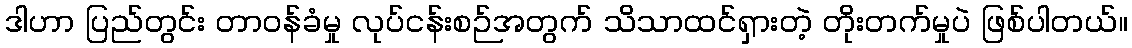
ဒါဟာ ပြည်တွင်း တာဝန်ခံမှု လုပ်ငန်းစဉ်အတွက် သိသာထင်ရှားတဲ့ တိုးတက်မှုပဲ ဖြစ်ပါတယ်။